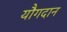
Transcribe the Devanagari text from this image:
यौगदान